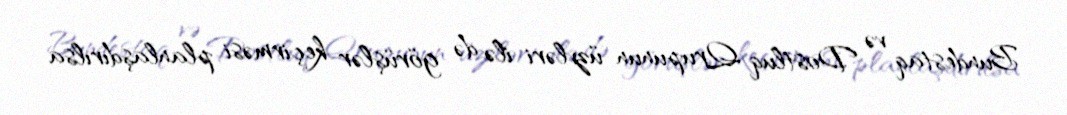
Bundestaq və Dostluq Qrupunun üzvləri ilə də görüşlər keçirməsi planlaşdırılsa